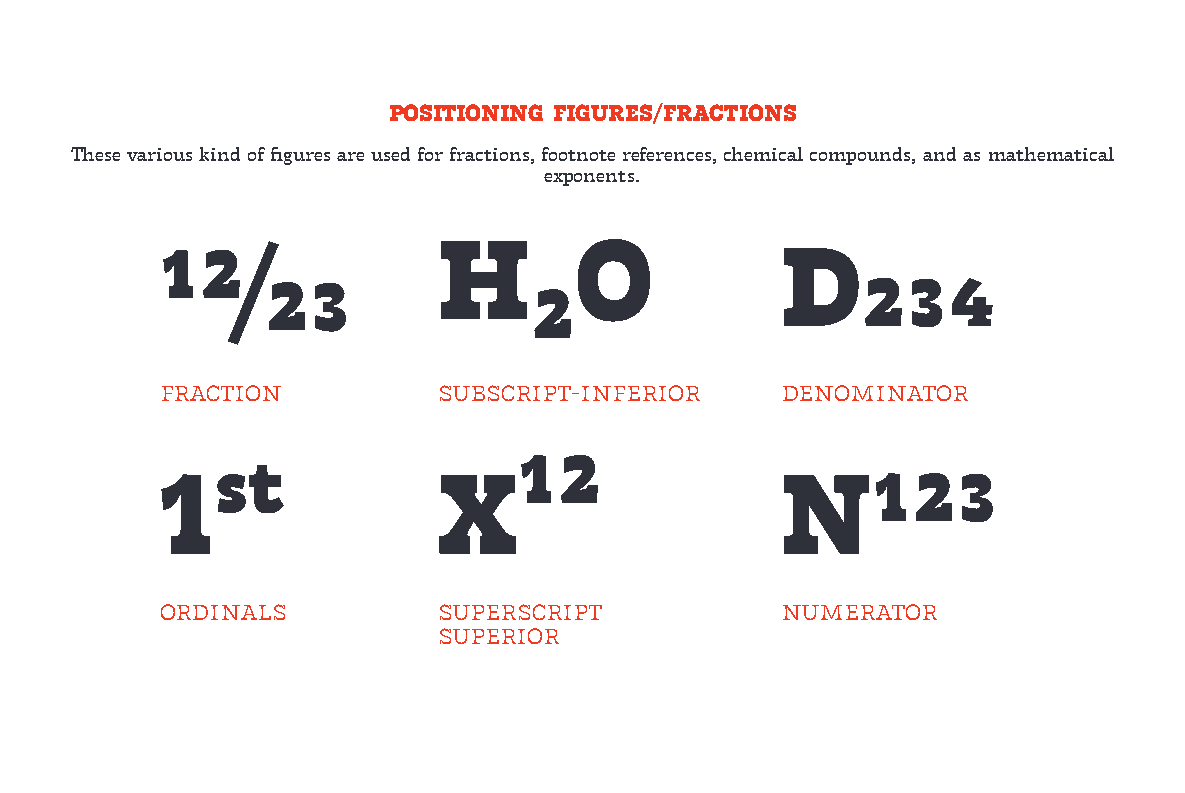
POSITIONING FIGURES/FRACTIONS
 These various kind of figures are used for fractions, footnote references, chemical compounds, and as mathematical
 exponents.
 H₂O
 12⁄23                                    D234
 fraction          subscript-inferior     denominator
 1ˢ               X¹²                    N123
 ordinals          superscript            numerator
 superior